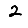
Digit: 2